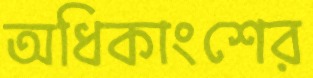
অধিকাংশের